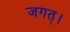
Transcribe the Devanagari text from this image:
जगत्‌।